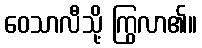
ဝေသာလီသို့ ကြွလာ၏။